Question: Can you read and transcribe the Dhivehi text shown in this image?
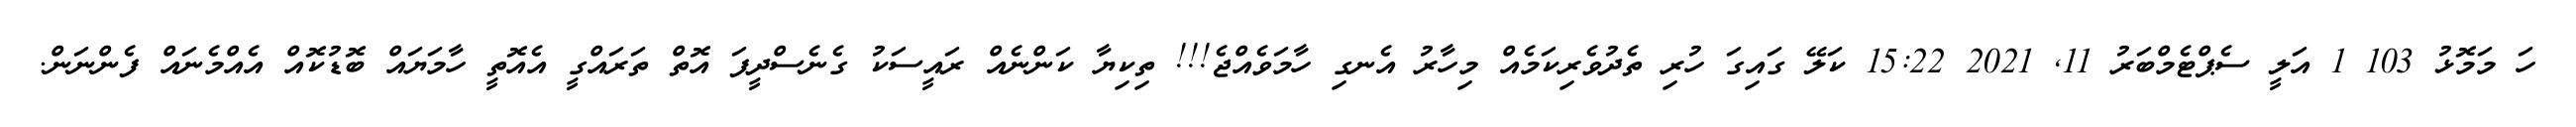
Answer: ހަ މަމޮޅު 103 1 އަލީ ސެޕްޓެމްބަރު 11, 2021 15:22 ކަލޭ ގައިގަ ހުރި ތެދުވެރިކަމެއް މިހާރު އެނގި ހާމަވެއްޖެ!!! ތިކިޔާ ކަންނެއް ރައީސަކު ގެނެސްދީފަ އޮތް ތަރައްގީ އެއޮތީ ހާމަޔައް ބޮޑުކޮއް އެއްމެނައް ފެންނަން.